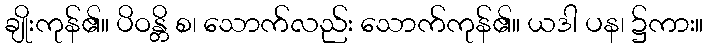
ချိုးကုန်၏။ ပိဝန္တိ စ၊ သောက်လည်း သောက်ကုန်၏။ ယဒါ ပန၊ ၌ကား။